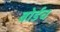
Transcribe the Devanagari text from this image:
बोर्डच